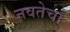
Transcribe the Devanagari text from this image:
नवतेचा